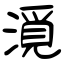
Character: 漞